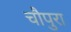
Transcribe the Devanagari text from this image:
चौपुरा